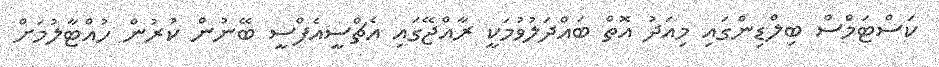
ކަސްޓަމްސް ބިލްޑިންގައި މިއަދު އޮތް ބައްދަލުވުމަކީ ރާއްޖޭގައި އެޗްސީއެފްސީ ބޭނުން ކުރުން ހުއްޓާލުމަށް